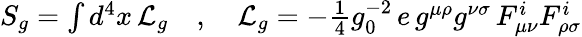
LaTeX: \begin{array}{r}{S_{g}=\int d^{4}x\, \mathcal{L}_{g}\quad,\quad\mathcal{L}_{g}=-\frac{1}{4}g_{0}^{-2}\, e\, g^{\mu\rho}g^{\nu\sigma}\, F_{\mu\nu}^{i}F_{\rho\sigma}^{i}}\end{array}